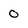
Character: 0